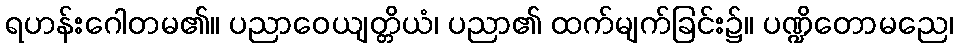
ရဟန်းဂေါတမ၏။ ပညာဝေယျတ္တိယံ၊ ပညာ၏ ထက်မျက်ခြင်း၌။ ပဏ္ဍိတောမညေ၊